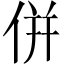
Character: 倂